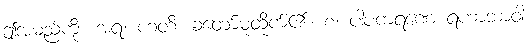
ဤအမည်ကို။ အရ၊ ဟတိ၊ ခံတော်မူထိုက်၏။ စ၊ ပါပကရဏေ ရဟာဘာဝါ၊